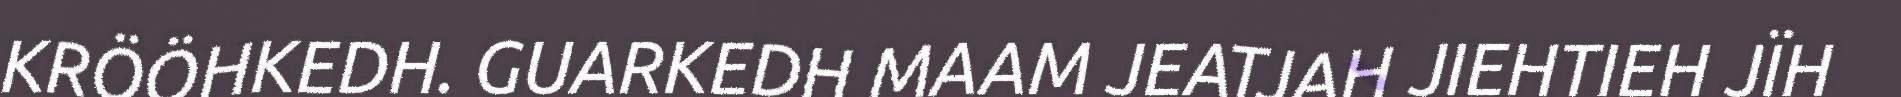
KRÖÖHKEDH. GUARKEDH MAAM JEATJAH JIEHTIEH JÏH